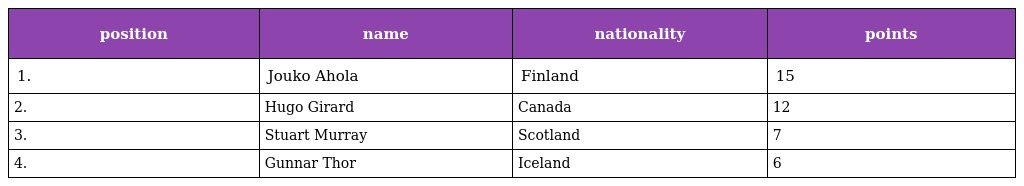
| position | name | nationality | points |
 | --- | --- | --- | --- |
 | 1. | Jouko Ahola | Finland | 15 |
 | 2. | Hugo Girard | Canada | 12 |
 | 3. | Stuart Murray | Scotland | 7 |
 | 4. | Gunnar Thor | Iceland | 6 |